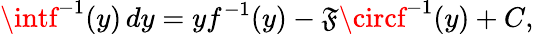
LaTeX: \intf^{-1}(y)\, dy=yf^{-1}(y)-\mathfrak{F}\circf^{-1}(y)+C,